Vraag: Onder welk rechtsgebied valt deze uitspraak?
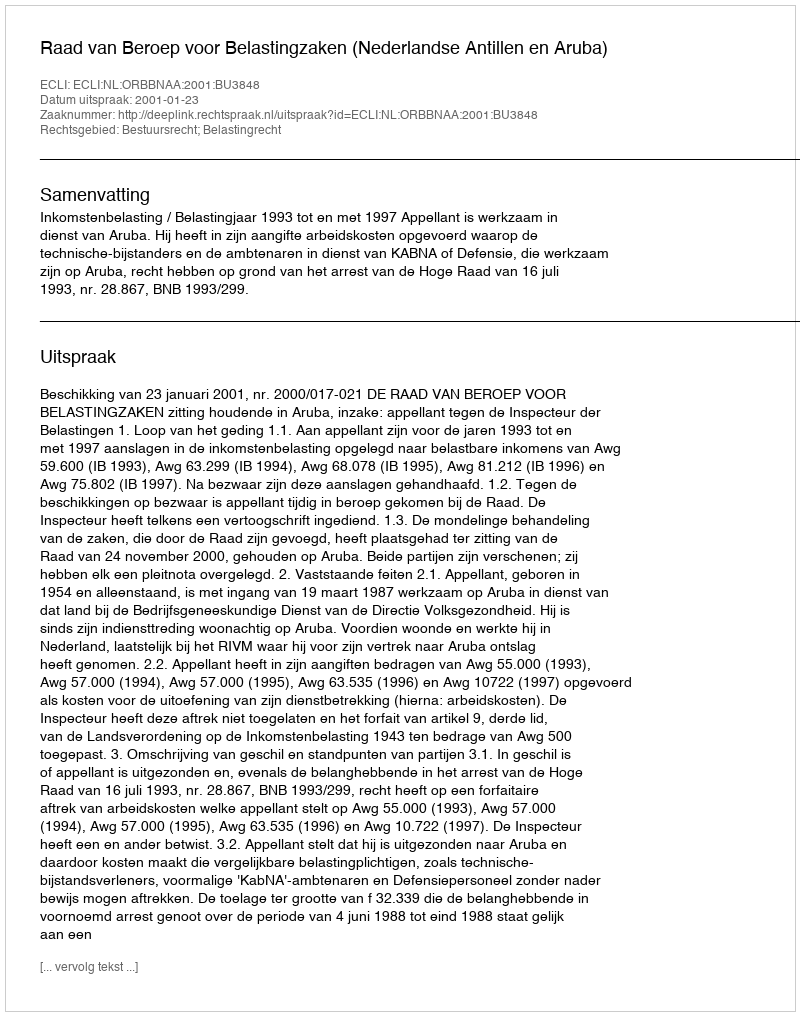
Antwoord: Bestuursrecht; Belastingrecht